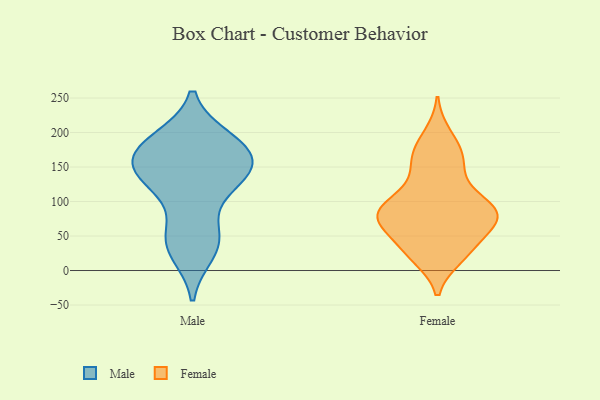
{"axis": {"x": "Waste Production (Tons)", "y": "Value"}, "legend": ["Female", "Male"], "data": [{"x": "", "y": 46, "type": "Male"}, {"x": "", "y": 56, "type": "Male"}, {"x": "", "y": 159, "type": "Male"}, {"x": "", "y": 141, "type": "Male"}, {"x": "", "y": 175, "type": "Male"}, {"x": "", "y": 186, "type": "Male"}, {"x": "", "y": 167, "type": "Male"}, {"x": "", "y": 135, "type": "Male"}, {"x": "", "y": 37, "type": "Male"}, {"x": "", "y": 125, "type": "Male"}, {"x": "", "y": 189, "type": "Male"}, {"x": "", "y": 27, "type": "Male"}, {"x": "", "y": 125, "type": "Male"}, {"x": "", "y": 148, "type": "Male"}, {"x": "", "y": 181, "type": "Male"}, {"x": "", "y": 25, "type": "Female"}, {"x": "", "y": 103, "type": "Female"}, {"x": "", "y": 19, "type": "Female"}, {"x": "", "y": 171, "type": "Female"}, {"x": "", "y": 87, "type": "Female"}, {"x": "", "y": 23, "type": "Female"}, {"x": "", "y": 168, "type": "Female"}, {"x": "", "y": 153, "type": "Female"}, {"x": "", "y": 73, "type": "Female"}, {"x": "", "y": 101, "type": "Female"}, {"x": "", "y": 197, "type": "Female"}, {"x": "", "y": 81, "type": "Female"}, {"x": "", "y": 71, "type": "Female"}, {"x": "", "y": 66, "type": "Female"}, {"x": "", "y": 87, "type": "Female"}, {"x": "", "y": 136, "type": "Female"}, {"x": "", "y": 40, "type": "Female"}, {"x": "", "y": 65, "type": "Female"}, {"x": "", "y": 89, "type": "Female"}]}